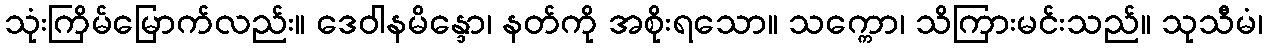
သုံးကြိမ်မြောက်လည်း။ ဒေဝါနမိန္ဒော၊ နတ်ကို အစိုးရသော။ သက္ကော၊ သိကြားမင်းသည်။ သုသီမံ၊